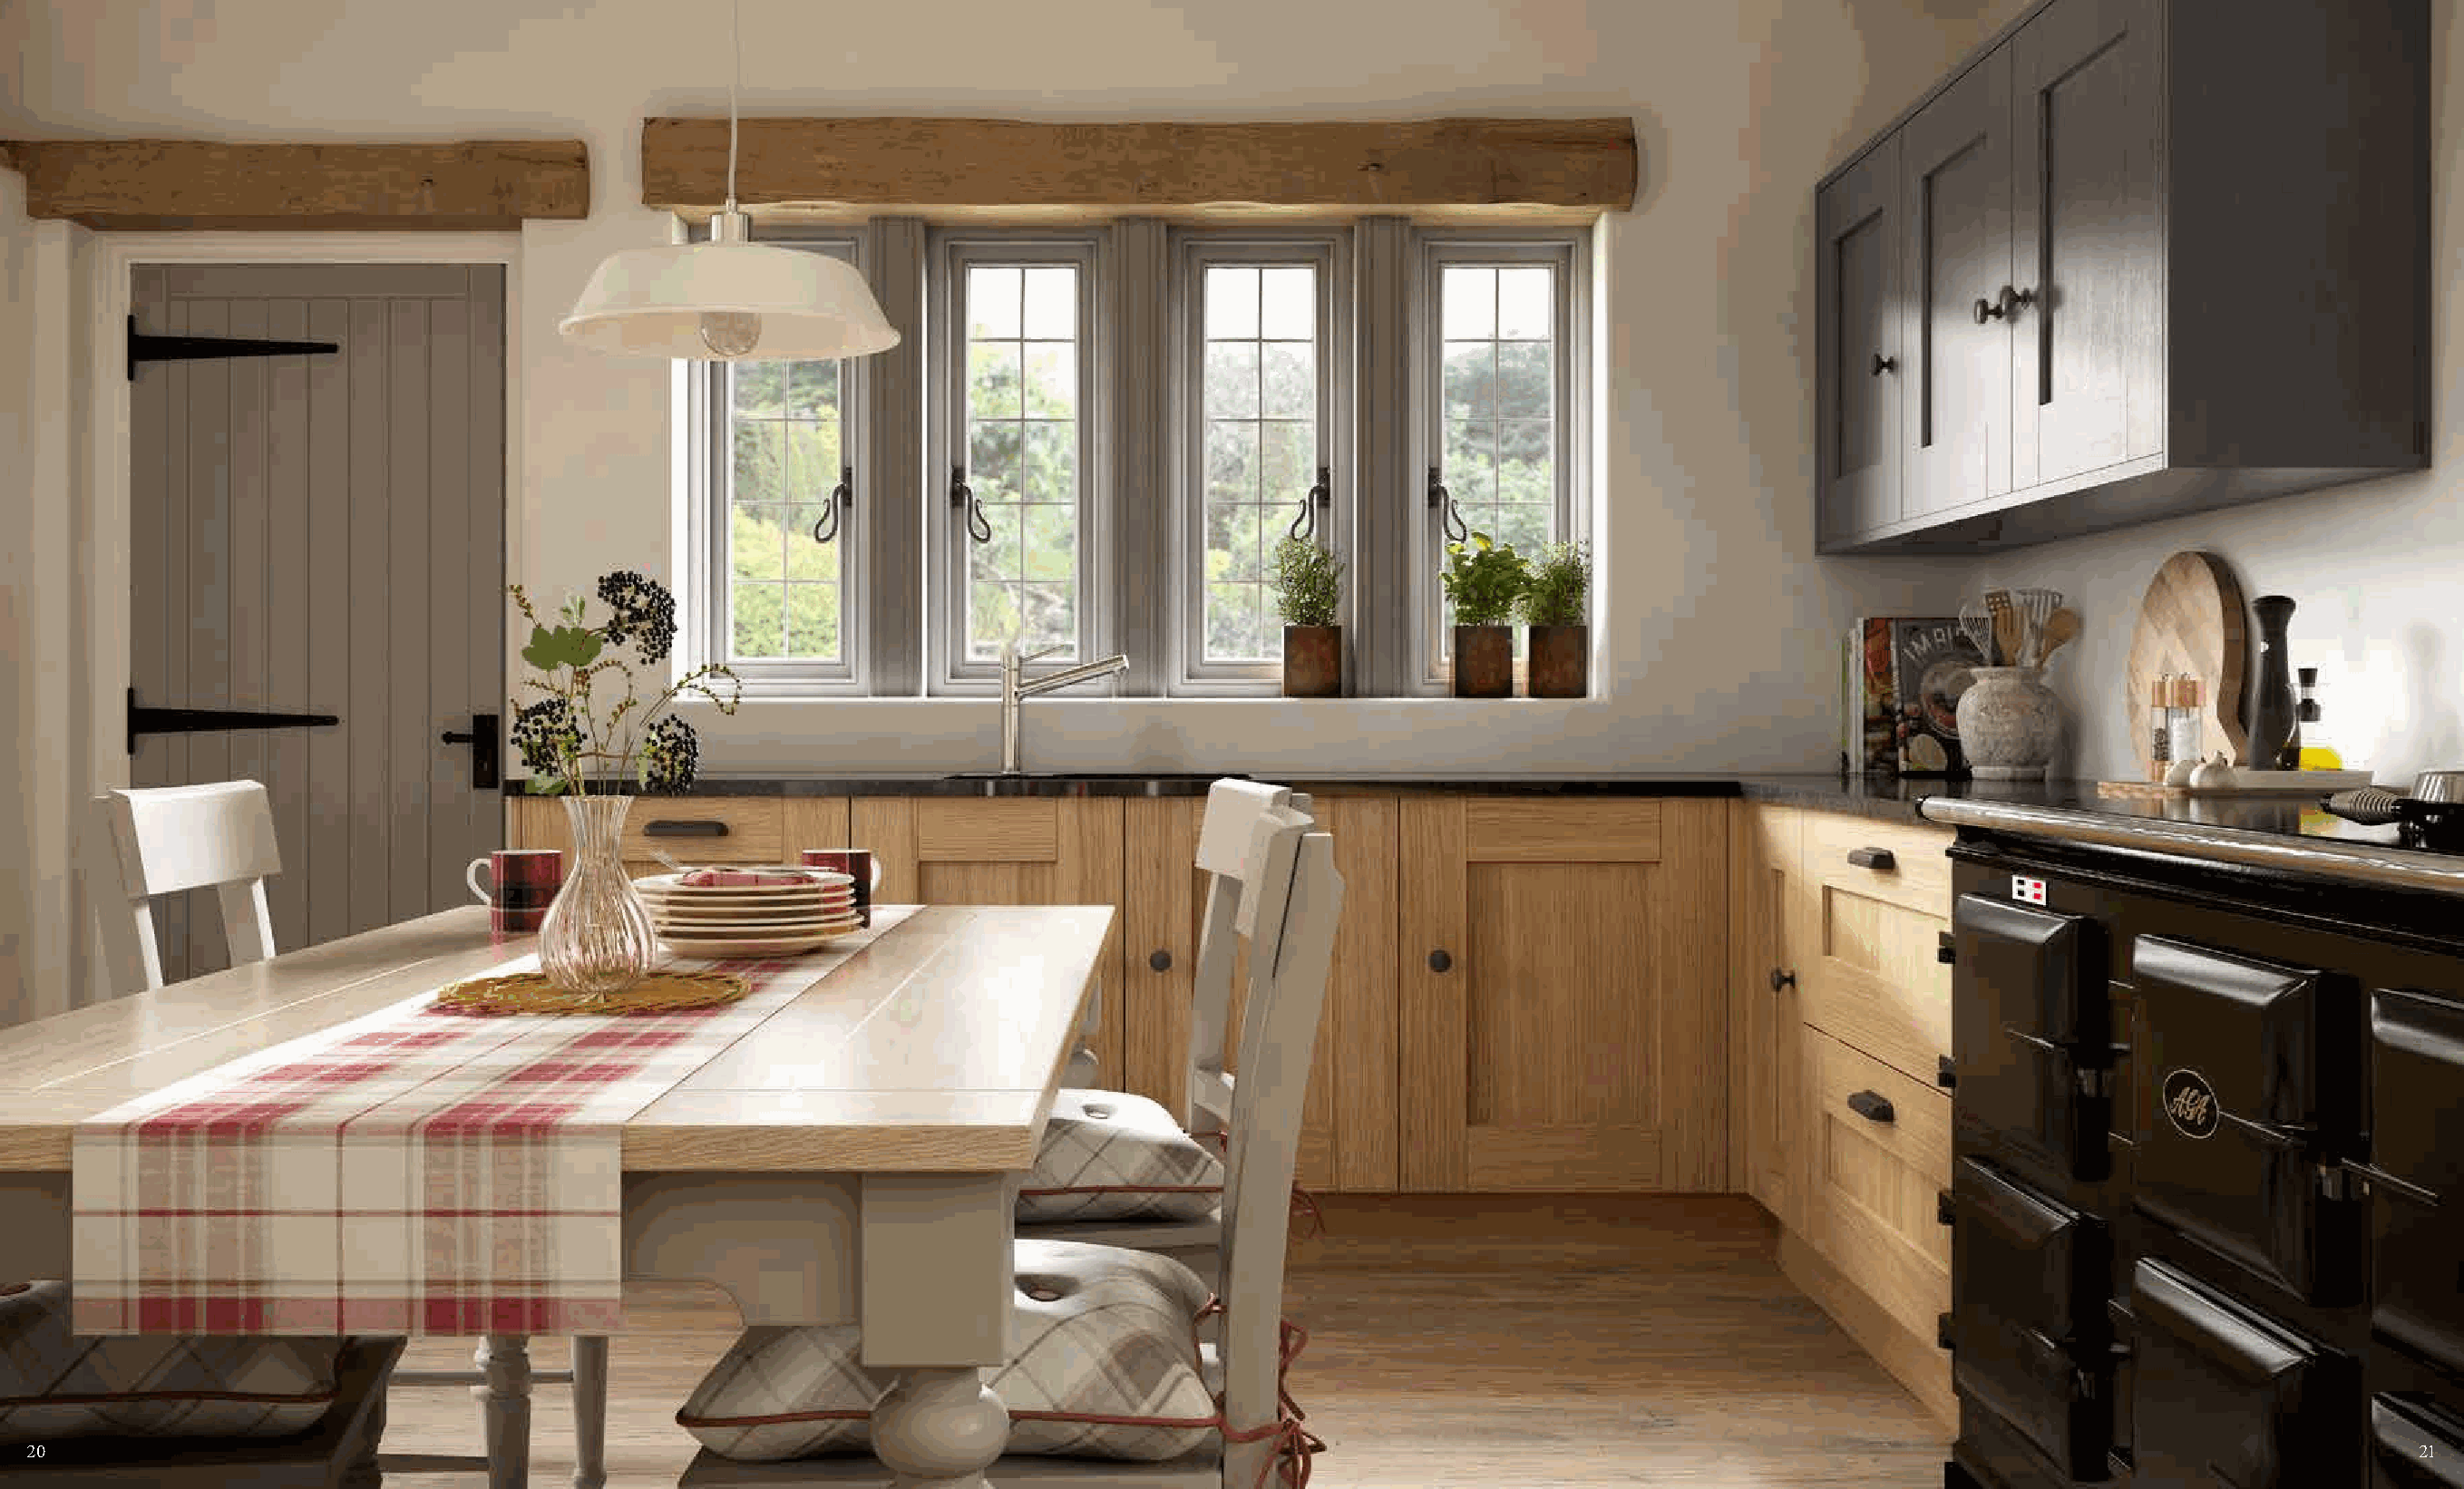
20                                                                                                                                                                             21